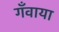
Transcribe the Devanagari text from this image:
गँवाया